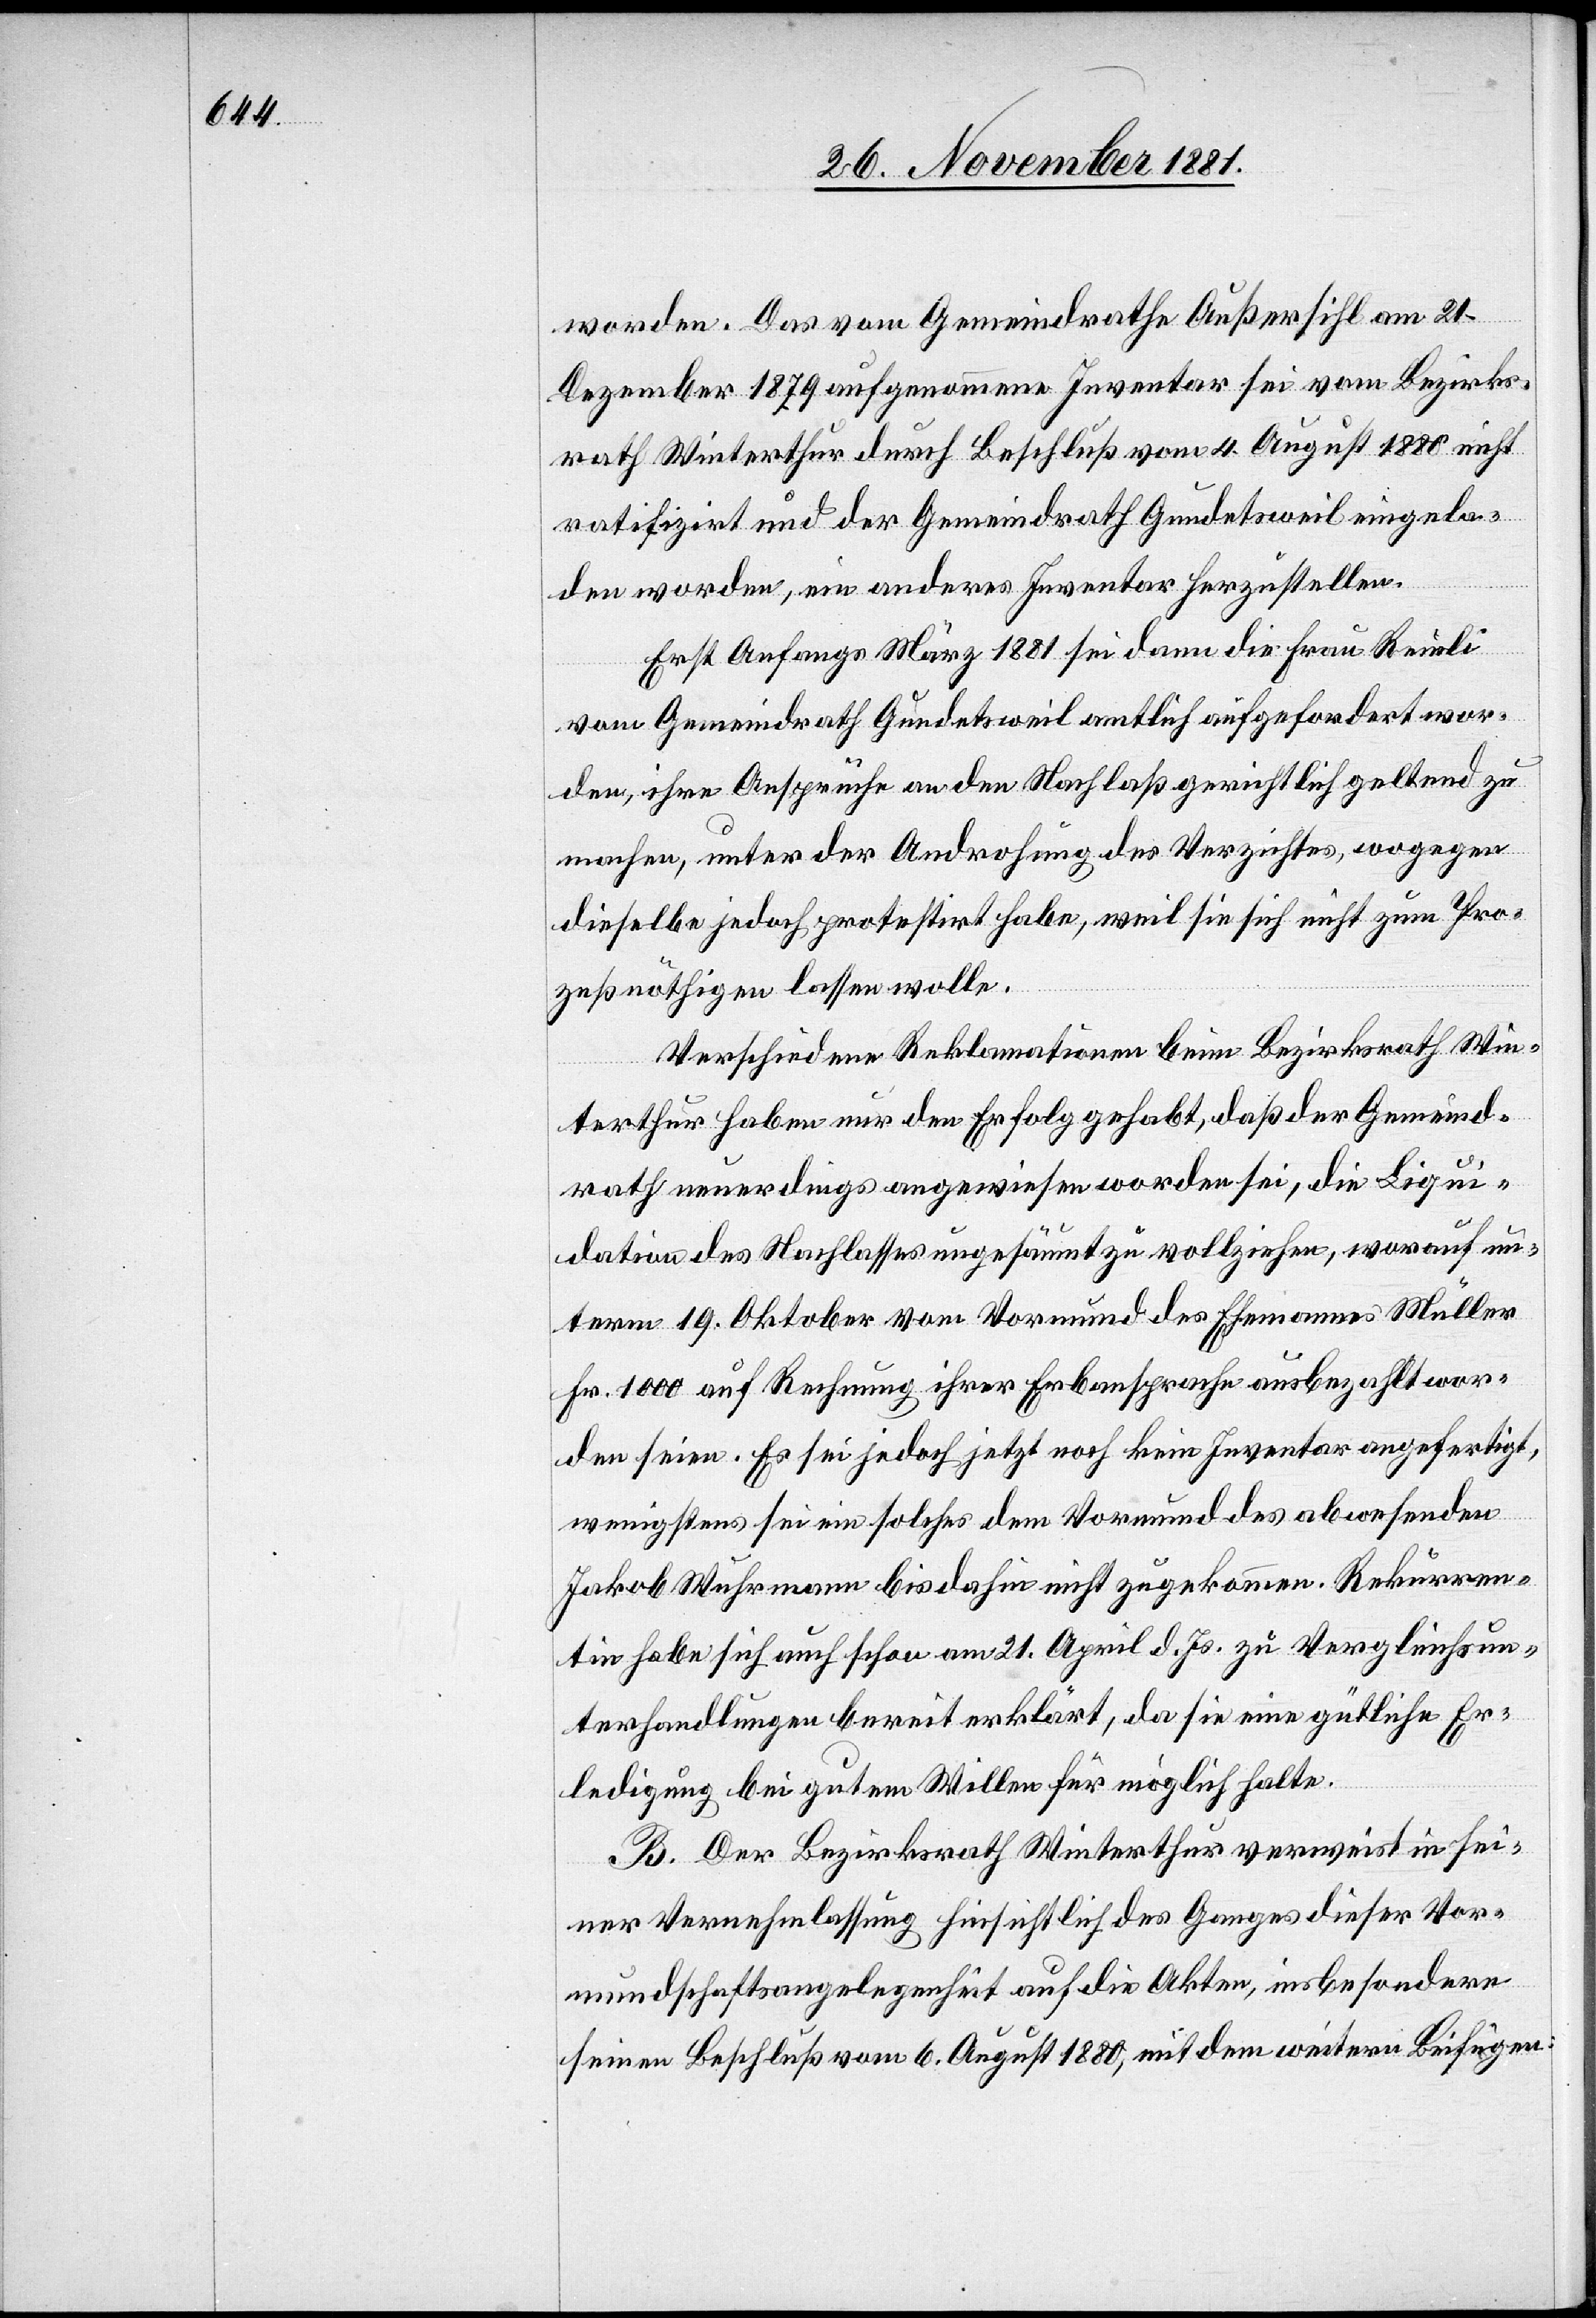
worden. Das vom Gemeindrathe Außersihl am 21.
Dezember 1879 aufgenommene Inventar sei vom Bezirks¬
rath Winterthur durch Beschluß vom 4. August 1880 nicht
ratifizirt und der Gemeindrath Gundetsweil eingela¬
den worden, ein anderes Inventar herzustellen.
Erst Anfangs März 1881 sei dann die Frau Reinli
vom Gemeindrath Gundetsweil amtlich aufgefordert wor¬
den, ihre Ansprüche an den Nachlaß gerichtlich geltend zu
machen, unter der Androhung des Verzichtes, wogegen
dieselbe jedoch protestirt habe, weil sie sich nicht zum Pro¬
zeß nöthigen lassen wolle.
Verschiedene Reklamationen beim Bezirksrath Win¬
terthur haben nur den Erfolg gehabt, daß der Gemeind¬
rath neuerdings angewiesen worden sei, die Liqui¬
dation des Nachlasses ungesäumt zu vollziehen, worauf un¬
term 19. Oktober vom Vormund des Ehemannes Müller
Fr. 1000 auf Rechnung ihrer Erbansprache ausbezahlt wor¬
den seien. Es sei jedoch jetzt noch kein Inventar angefertigt,
wenigstens sei ein solches dem Vormund des abwesenden
Jakob Wuhrmann bis dahin nicht zugekommen. Rekurren¬
tin habe sich auch schon am 21. April d. Js. zu Vergleichsun¬
terhandlungen bereit erklärt, da sie eine gütliche Er¬
ledigung bei gutem Willen für möglich halte.
B. Der Bezirksrath Winterthur verweist in sei¬
ner Vernehmlassung hinsichtlich des Ganges dieser Vor¬
mundschaftsangelegenheit auf die Akten, insbesondere
seinen Beschluß vom 6. August 1880, mit dem weitern Beifügen: